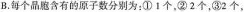
B.每个晶胞含有的原子数分别为：①1个，②2个，③2个，